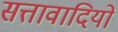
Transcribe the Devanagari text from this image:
सत्तावादियों